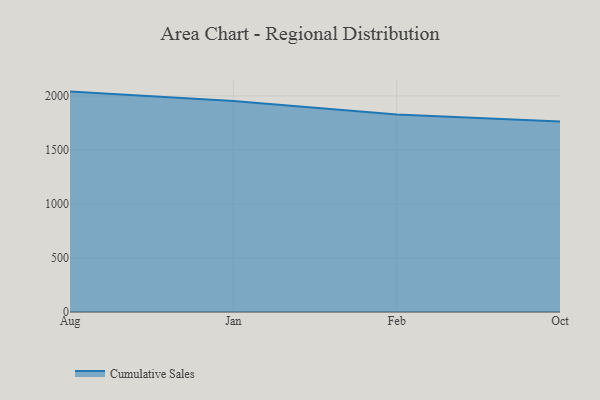
{"axis": {"x": "Month", "y": "Population (Million)"}, "legend": ["Cumulative Sales"], "data": [{"x": "Aug", "y": 2040.0, "type": "Cumulative Sales"}, {"x": "Jan", "y": 1952.8, "type": "Cumulative Sales"}, {"x": "Feb", "y": 1828.2, "type": "Cumulative Sales"}, {"x": "Oct", "y": 1762.7, "type": "Cumulative Sales"}]}